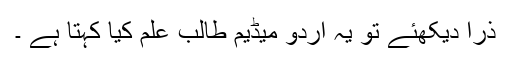
ذرا دیکھئے تو یہ اردو میڈیم طالب علم کیا کہتا ہے ۔